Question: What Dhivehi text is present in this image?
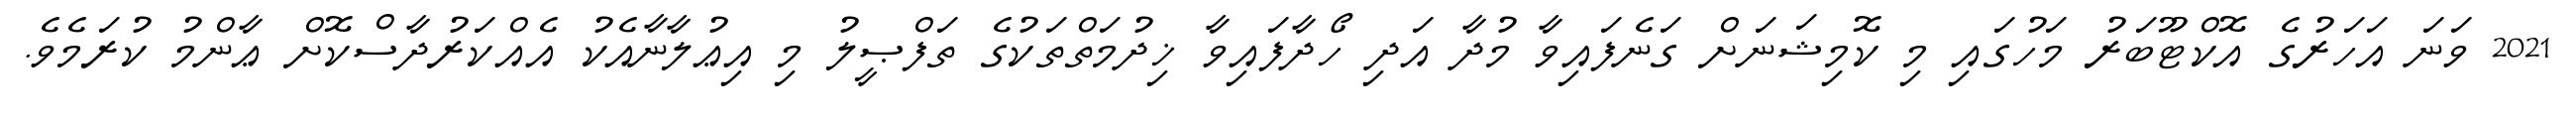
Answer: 2021 ވަނަ އަހަރުގެ އޮކްޓޫބަރު މަހުގައި މި ކޮމިޝަނަށް ގަނެފައިވާ މުދާ އަދި ހޯދާފައިވާ ޚިދުމަތްތަކުގެ ތަފްޞީލު މި އިޢުލާނާއެކު އެއްކަރުދާސްކޮށް ޢާންމު ކުރަމެވެ.